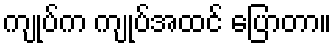
ကျုပ်က ကျုပ်အထင် ပြောတာ။